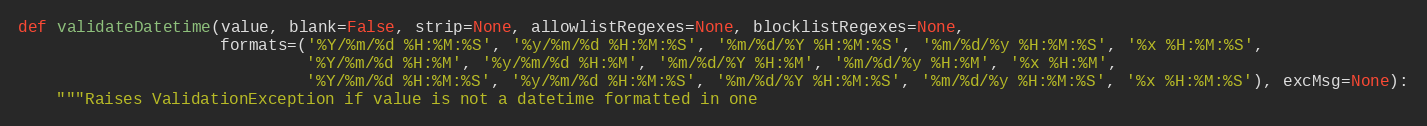
Language: Python
def validateDatetime(value, blank=False, strip=None, allowlistRegexes=None, blocklistRegexes=None,
                     formats=('%Y/%m/%d %H:%M:%S', '%y/%m/%d %H:%M:%S', '%m/%d/%Y %H:%M:%S', '%m/%d/%y %H:%M:%S', '%x %H:%M:%S',
                              '%Y/%m/%d %H:%M', '%y/%m/%d %H:%M', '%m/%d/%Y %H:%M', '%m/%d/%y %H:%M', '%x %H:%M',
                              '%Y/%m/%d %H:%M:%S', '%y/%m/%d %H:%M:%S', '%m/%d/%Y %H:%M:%S', '%m/%d/%y %H:%M:%S', '%x %H:%M:%S'), excMsg=None):
    """Raises ValidationException if value is not a datetime formatted in one